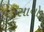
સાવો